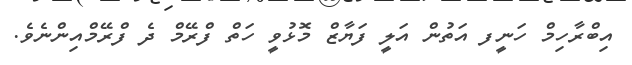
އިބްރާހިމް ހަނީފ އަތުން އަލީ ފަޔާޒް މޮޅުވީ ހަތް ފްރޭމް ދެ ފްރޭމްއިންނެވެ.